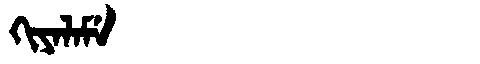
Manchu: ᡴᡳᠶᠠᠯᠠᠮᡝ
Romanization: KIYALAME